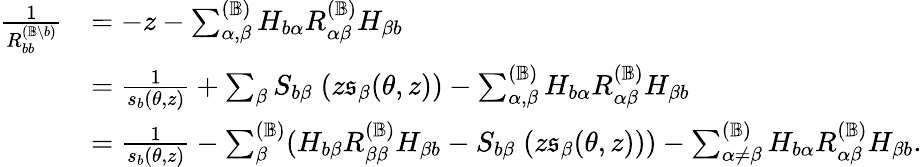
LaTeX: \begin{array}{rl}{\frac 1{R_{bb}^{({\mathbb B}\backslash b)}}}&{=-z-\sum_{\alpha,\beta}^{({\mathbb B})}H_{b\alpha}R_{\alpha\beta}^{({\mathbb B})}H_{\beta b}}\\ &{=\frac{1}{s_{b}(\theta,z)}+\sum_{\beta}S_{b\beta}\; (z\mathfrak{s}_{\beta}(\theta,z))-\sum_{\alpha,\beta}^{({\mathbb B})}H_{b\alpha}R_{\alpha\beta}^{({\mathbb B})}H_{\beta b}}\\ &{=\frac{1}{s_{b}(\theta,z)}-\sum_{\beta}^{({\mathbb B})}(H_{b\beta}R_{\beta\beta}^{({\mathbb B})}H_{\beta b}-S_{b\beta}\; (z\mathfrak{s}_{\beta}(\theta,z)))-\sum_{\alpha\neq\beta}^{({\mathbb B})}H_{b\alpha}R_{\alpha\beta}^{({\mathbb B})}H_{\beta b}.}\end{array}